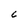
Character: C